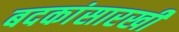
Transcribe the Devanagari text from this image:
बदकांसारखी